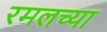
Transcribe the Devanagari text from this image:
रमलच्या